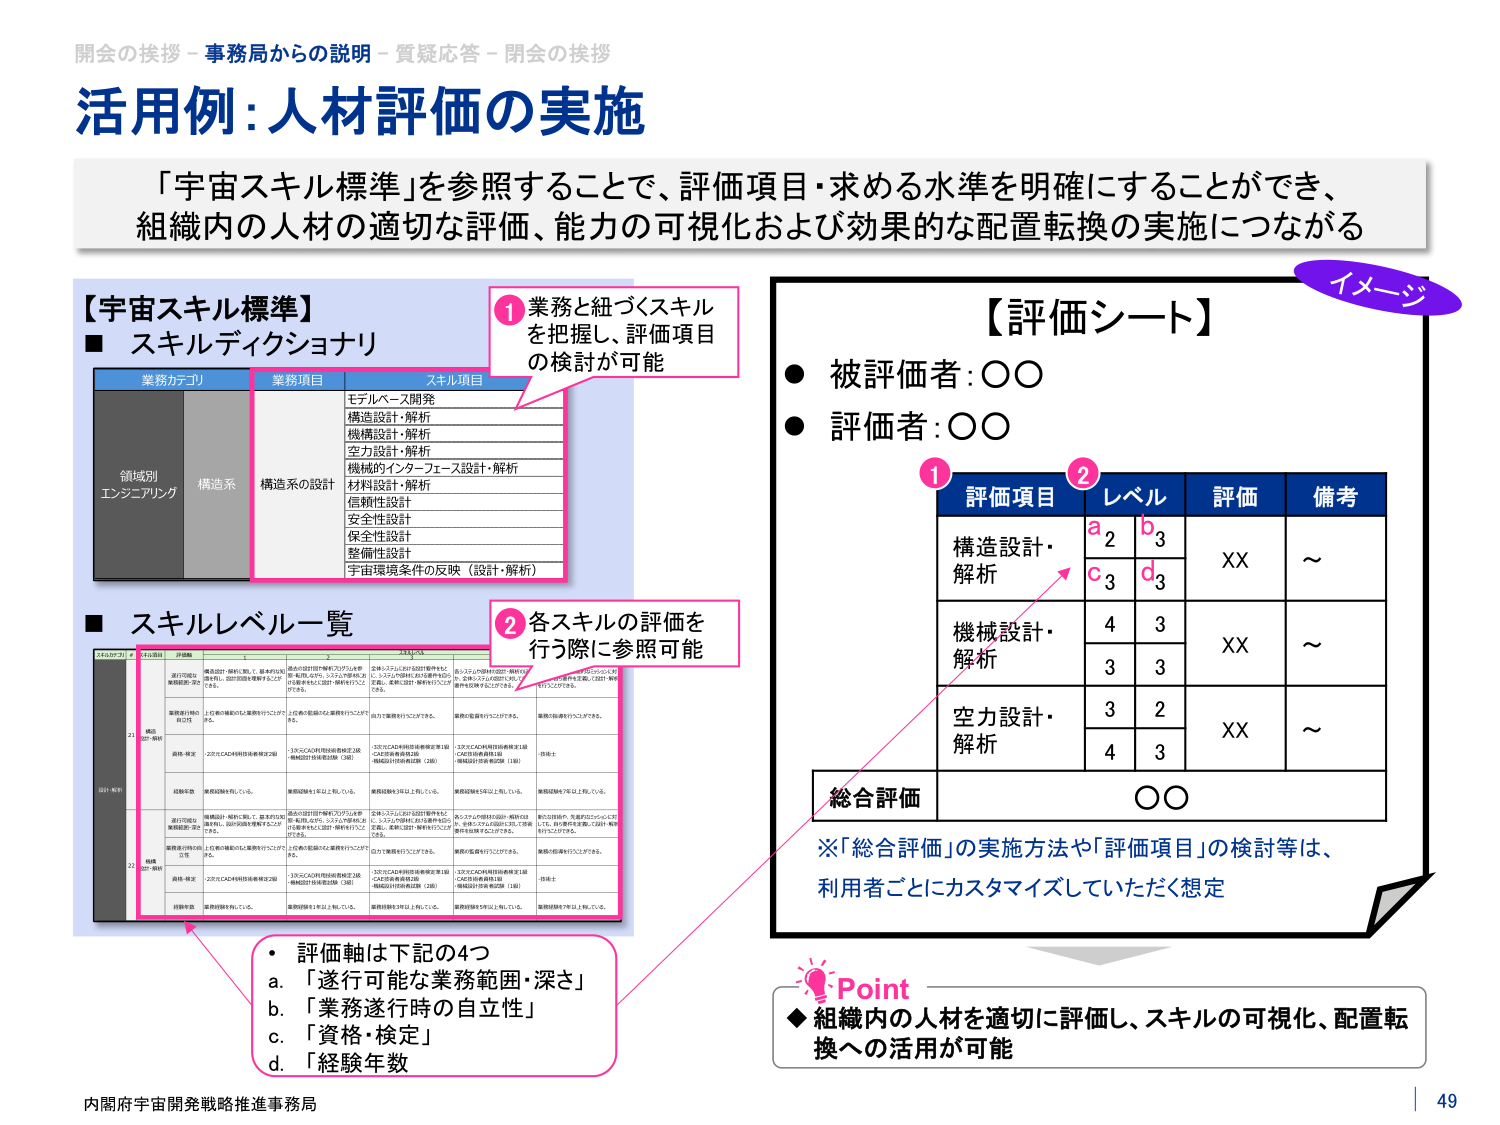
開会の挨拶－事務局からの説明－質疑応答－閉会の挨拶
活用例：人材評価の実施
「宇宙スキル標準」を参照することで、評価項目・求める水準を明確にすることができ、
組織内の人材の適切な評価、能力の可視化および効果的な配置転換の実施につながる

【宇宙スキル標準】
■ スキルディクショナリ
業務カテゴリ 業務項目 スキル項目
領域別 エンジニアリング 構造系 構造系の設計
モデルベース開発
構造設計・解析
機構設計・解析
空力設計・解析
機械的インターフェース設計・解析
材料設計・解析
信頼性設計
安全性設計
保全性設計
整備性設計
宇宙環境条件の反映（設計・解析）

■ スキルレベル一覧
スキルカテゴリ 業務項目 評価軸 1 2 3 4
設計・解析 21 構造設計・解析 遂行可能な業務範囲・深さ 構造設計・解析に関して、基本的な知 識を有し、設計図面を理解することが できる。 構造設計図面や検討プログラムを参 考にしながら、システムや機械の設 計を簡単なもと設計・解析を行うこと ができる。 2次元/3次元CADを設計図面やもと に、システムや機械における構件を設計 し、基本的な設計・解析を行うことが できる。 各システムや機械の設計・解析を自立 し、全体システムの設計に際して、構 件を設計・解析することができる。
業務遂行時の 自立性 上位者の確認のもと業務を行うことが できる。 上位者の監督のもと業務を行うことが できる。 自力で業務を行うことができる。 業務の監督を行うことができる。
資格・検定 2次元CAD利用技術者検定2級 3次元CAD利用技術者検定3級 （CAD技術者検定3級） 3次元CAD利用技術者検定3級 （CAD技術者検定3級） 3次元CAD利用技術者検定3級 （CAD技術者検定3級）
経験年数 業務経験を1年以上有している。 業務経験を3年以上有している。 業務経験を5年以上有している。 業務経験を7年以上有している。
22 機構設計・解析 遂行可能な業務範囲・深さ 機構設計・解析に関して、基本的な知 識を有し、設計図面を理解することが できる。 機構設計図面や検討プログラムを参 考にしながら、システムや機械の設 計を簡単なもと設計・解析を行うこと ができる。 2次元/3次元CADを設計図面やもと に、システムや機械における構件を設計 し、基本的な設計・解析を行うことが できる。 各システムや機械の設計・解析を自立 し、全体システムの設計に際して、構 件を設計・解析することができる。
業務遂行時の 自立性 上位者の確認のもと業務を行うことが できる。 上位者の監督のもと業務を行うことが できる。 自力で業務を行うことができる。 業務の監督を行うことができる。
資格・検定 2次元CAD利用技術者検定2級 3次元CAD利用技術者検定3級 （CAD技術者検定3級） 3次元CAD利用技術者検定3級 （CAD技術者検定3級） 3次元CAD利用技術者検定3級 （CAD技術者検定3級）
経験年数 業務経験を1年以上有している。 業務経験を3年以上有している。 業務経験を5年以上有している。 業務経験を7年以上有している。

1 業務と紐づくスキル
を把握し、評価項目
の検討が可能

2 各スキルの評価を
行う際に参照可能

【評価シート】
● 被評価者：○○
● 評価者：○○
評価項目 レベル 評価 備考
構造設計・ 解析 a 2 b 3 XX ～
c 3 d 3
機械設計・ 解析 4 3 XX ～
3 3
空力設計・ 解析 3 2 XX ～
4 3
総合評価 ○○

※「総合評価」の実施方法や「評価項目」の検討等は、
利用者ごとにカスタマイズしていただく想定

・ 評価軸は下記の4つ
a. 「遂行可能な業務範囲・深さ」
b. 「業務遂行時の自立性」
c. 「資格・検定」
d. 「経験年数」

Point
◆ 組織内の人材を適切に評価し、スキルの可視化、配置転
換への活用が可能

イメージ

内閣府宇宙開発戦略推進事務局
49